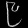
Digit: ၉